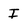
Character: I